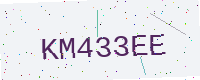
Text: KM433EE